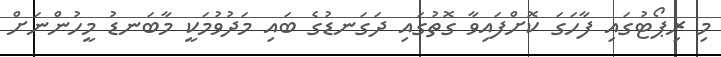
މި ރިޕޯޓުގައި ފާހަގަ ކޮށްފައިވާ ގޮތުގައި ދަގަނޑުގެ ބައި މަދުވުމަކީ މާބަނޑު މީހުންނަށް